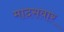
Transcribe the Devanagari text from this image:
मादसवार